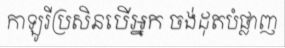
កាឡូរីប្រសិនបើអ្នក ចង់ដុតបំផ្លាញ